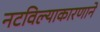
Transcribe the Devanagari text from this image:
नटविल्याकारणाने